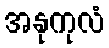
အနုကုလံ